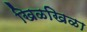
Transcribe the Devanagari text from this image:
खिळखिळा